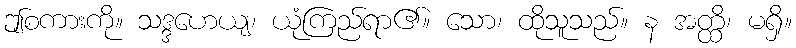
ဤစကားကို။ သဒ္ဒဟေယျ၊ ယုံကြည်ရာ၏။ သော၊ ထိုသူသည်။ န အတ္ထိ၊ မရှိ။